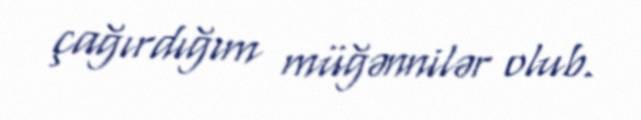
çağırdığım müğənnilər olub.